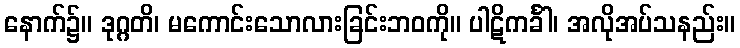
နောက်၌။ ဒုဂ္ဂတိ၊ မကောင်းသောလားခြင်းဘဝကို။ ပါဋိကင်္ခါ၊ အလိုအပ်သနည်း။